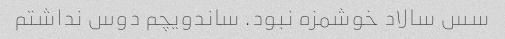
سس سالاد خوشمزه نبود. ساندویچم دوس نداشتم